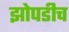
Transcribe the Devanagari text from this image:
झोपडीच